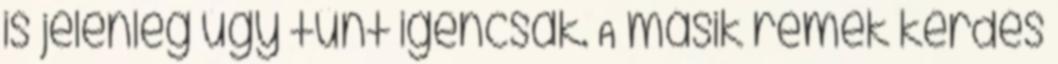
is jelenleg úgy tűnt igencsak. A másik remek kérdés